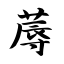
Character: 蓐